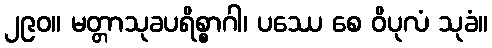
၂၉၀။ မတ္တာသုခပရိစ္စာဂါ၊ ပဿေ စေ ဝိပုလံ သုခံ။